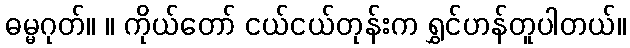
ဓမ္မဂုတ်။ ။ ကိုယ်တော် ငယ်ငယ်တုန်းက ရွှင်ဟန်တူပါတယ်။